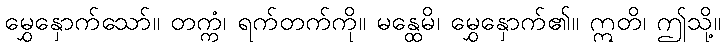
မွှေနှောက်သော်။ တက္ကံ၊ ရက်တက်ကို။ မန္ထေမိ၊ မွှေနှောက်၏။ ဣတိ၊ ဤသို့။